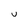
Character: U